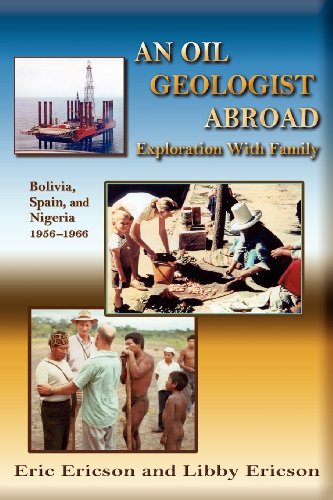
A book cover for An Oil Geologist Abroad, Bolivia, Spain and Nigeria, 1956-1966; Eric Ericson and Libby Ericson; Travel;